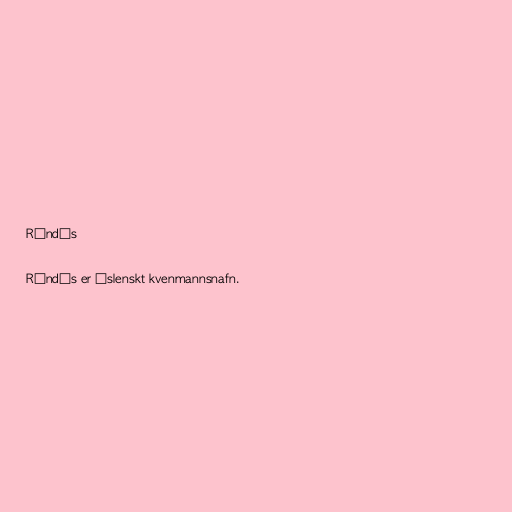
Rúndís

Rúndís er íslenskt kvenmannsnafn.